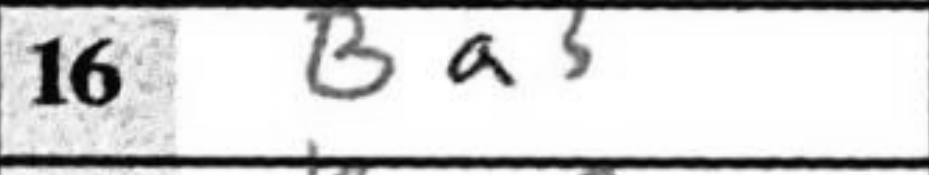
Transcription: Ba3